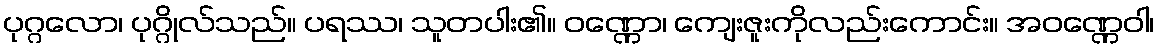
ပုဂ္ဂလော၊ ပုဂ္ဂိုလ်သည်။ ပရဿ၊ သူတပါး၏။ ဝဏ္ဏော၊ ကျေးဇူးကိုလည်းကောင်း။ အဝဏ္ဏေဝါ၊